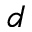
d